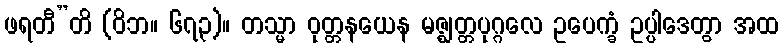
ဖရတီ”တိ (ဝိဘ။ ၆၇၃)။ တသ္မာ ဝုတ္တနယေန မဇ္ဈတ္တပုဂ္ဂလေ ဥပေက္ခံ ဥပ္ပါဒေတွာ အထ